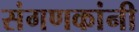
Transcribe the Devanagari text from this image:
संगणकांनी